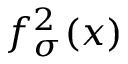
f _ { \sigma } ^ { 2 } ( x )